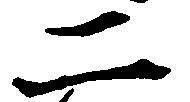
二